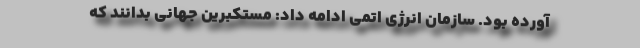
آورده بود. سازمان انرژی اتمی ادامه داد: مستکبرین جهانی بدانند که